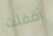
أقفلت